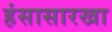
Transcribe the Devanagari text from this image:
हंसासारखा